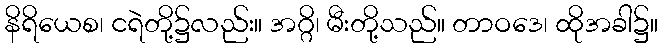
နိရိယေစ၊ ငရဲတို့၌လည်း။ အဂ္ဂိ၊ မီးတို့သည်။ တာဝဒေ၊ ထိုအခါ၌။